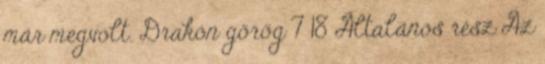
már megvolt. Drakón görög 7 18 Általános rész Az